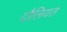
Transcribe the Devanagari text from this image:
दौलियत